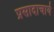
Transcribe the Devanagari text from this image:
प्रसादाचार्य